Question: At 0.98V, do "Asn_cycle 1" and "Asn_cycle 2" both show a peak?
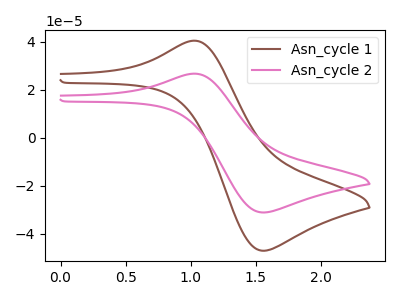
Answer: <think>The brown curve "Asn_cycle 1" has an anodic peak at (1.05V, 40.50uA) and a cathodic peak at (1.55V, -47.00uA). The pink curve "Asn_cycle 2" has an anodic peak at (1.05V, 26.75uA) and a cathodic peak at (1.55V, -31.05uA).</think>
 <answer>No, "Asn_cycle 1" and "Asn_cycle 2" dont share a peak at 0.98V.</answer>
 <eval>mismatch</eval>